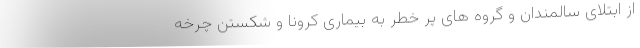
از ابتلای سالمندان و گروه های پر خطر به بیماری کرونا و شکستن چرخه